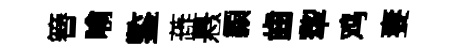
簮喻鍳蕋悬纇齒犂鸡妻